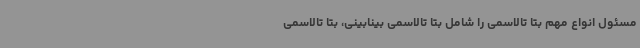
مسئول انواع مهم بتا تالاسمی را شامل بتا تالاسمی بینابینی، بتا تالاسمی